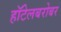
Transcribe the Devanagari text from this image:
हॉटेलबरोबर